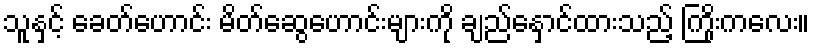
သူနှင့် ခေတ်ဟောင်း မိတ်ဆွေဟောင်းများကို ချည်နှောင်ထားသည့် ကြိုးကလေး။